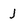
Character: j